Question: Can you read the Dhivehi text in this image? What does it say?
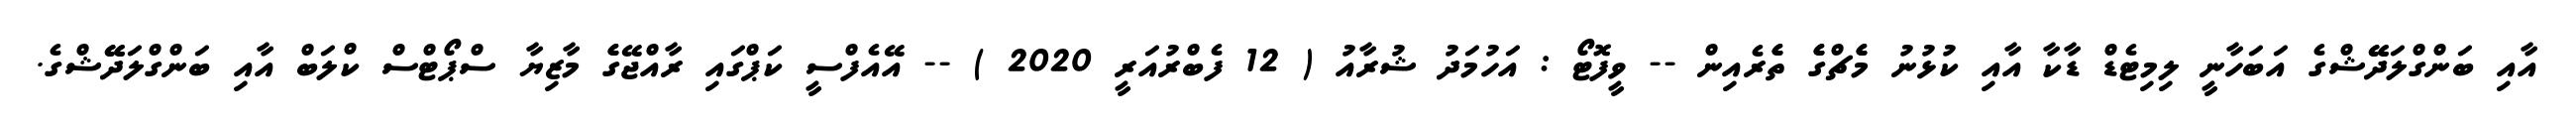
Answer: އާއި ބަންގްލަދޭޭޝްގެ އަބަހާނީ ލިމިޓެޑް ޑާކާ އާއި ކުޅުނު މެެޗްގެެ ތެެރެއިން -- ވީފޮޓޯ : އަހުމަދު ޝުރާއު ( 12 ފެބްރުއަރީ 2020 ) -- އޭއެފްސީ ކަޕްގައި ރާއްޖޭގެެ މާޒިޔާ ސްޕޯޓްސް ކްލަބް އާއި ބަންގްލަދޭޭޝްގެ.